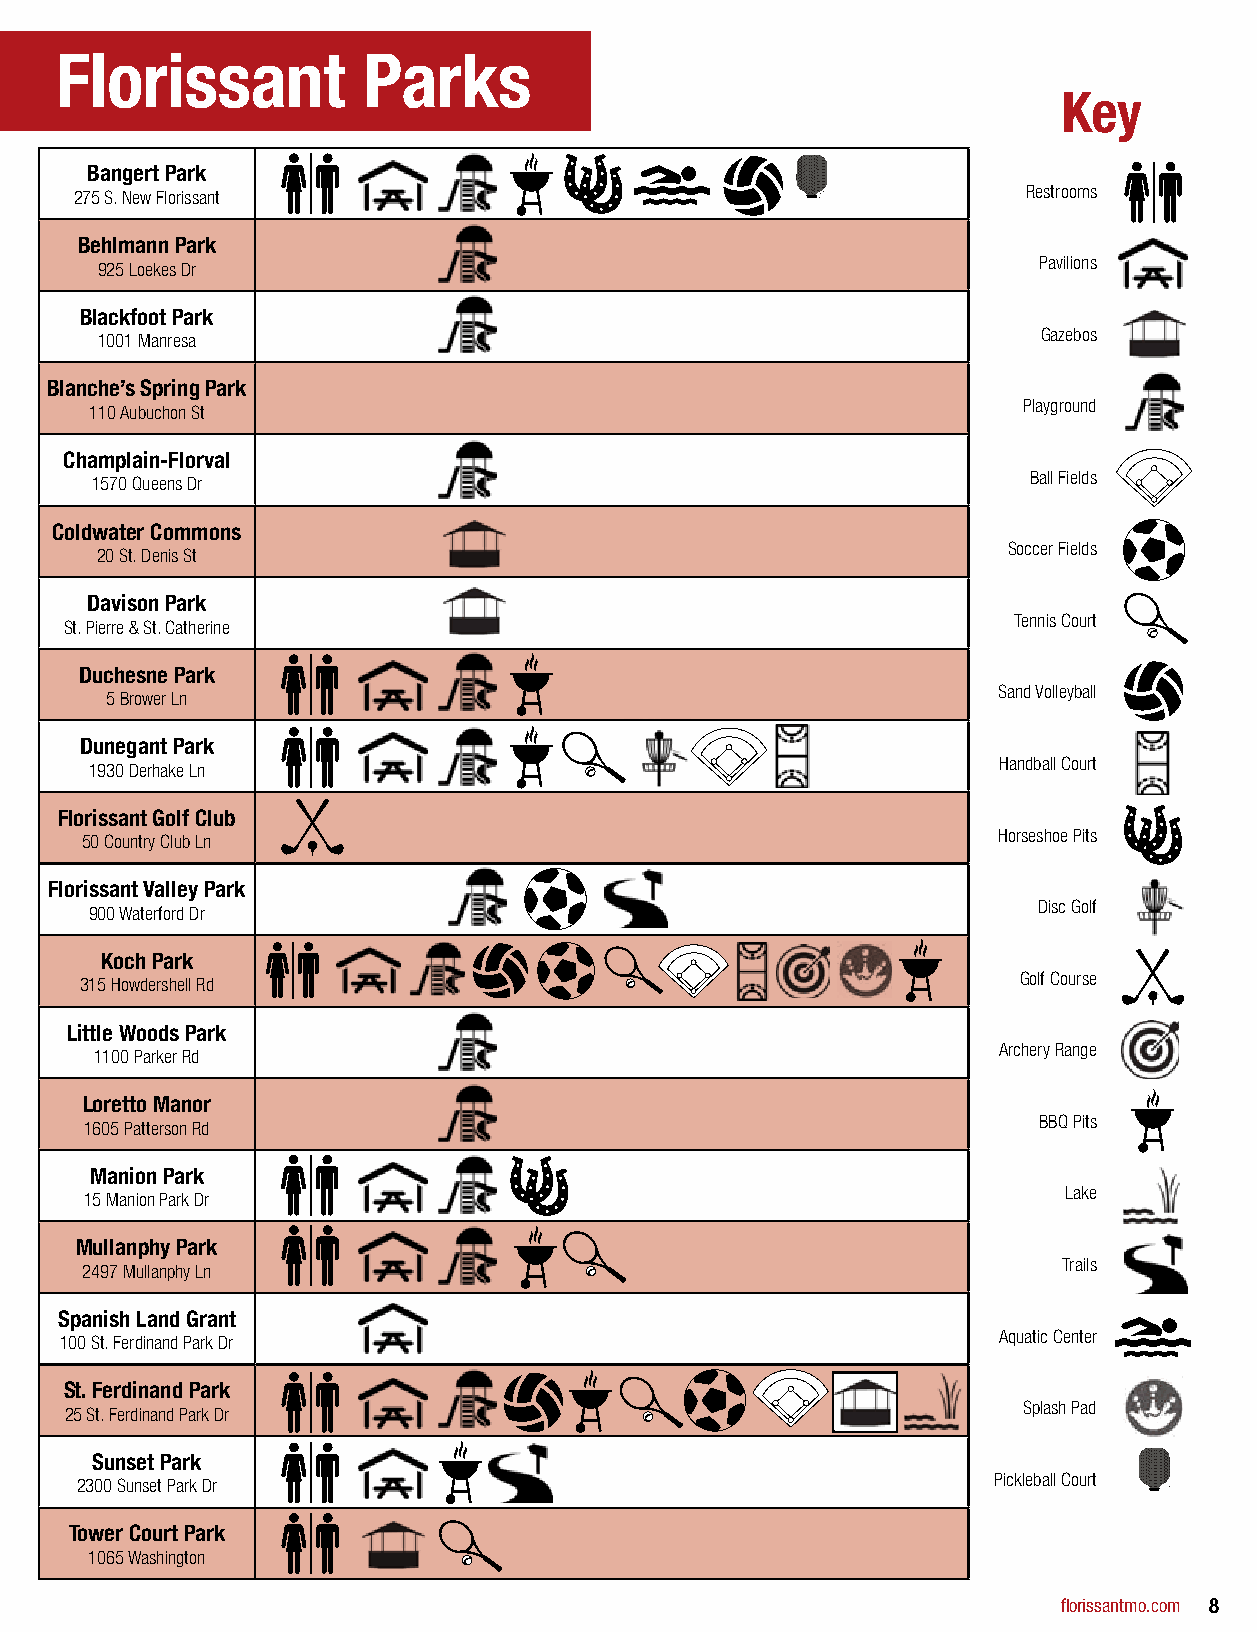
Florissant          Parks
 Key
 Bangert Park
 275 S. New Florissant                                          Restrooms
 Behlmann Park
 Pavilions
 925 Loekes Dr
 Blackfoot Park
 Gazebos
 1001 Manresa
 Blanche’s Spring Park
 Playground
 110 Aubuchon St
 Champlain-Florval
 Ball Fields
 1570 Queens Dr
 Coldwater Commons
 Soccer Fields
 20 St. Denis St
 Davison Park
 Tennis Court
 St. Pierre & St. Catherine
 Duchesne Park
 Sand Volleyball
 5 Brower Ln
 Dunegant Park
 Handball Court
 1930 Derhake Ln
 Florissant Golf Club
 Horseshoe Pits
 50 Country Club Ln
 Florissant Valley Park
 Disc Golf
 900 Waterford Dr
 Koch Park
 Golf Course
 315 Howdershell Rd
 Little Woods Park
 Archery Range
 1100 Parker Rd
 Loretto Manor
 BBQ Pits
 1605 Patterson Rd
 Manion Park
 Lake
 15 Manion Park Dr
 Mullanphy Park
 Trails
 2497 Mullanphy Ln
 Spanish Land Grant
 Aquatic Center
 100 St. Ferdinand Park Dr
 St. Ferdinand Park
 Splash Pad
 25 St. Ferdinand Park Dr
 Sunset Park
 Pickleball Court
 2300 Sunset Park Dr
 Tower Court Park
 1065 Washington
 florissantmo.com 8